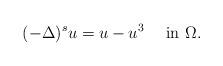
LaTeX: \begin{align*}(-\Delta)^s u = u-u^3\quad{\mbox{ in }}\Omega.\end{align*}